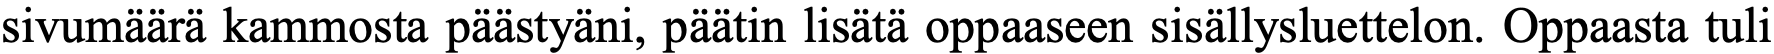
sivumäärä kammosta päästyäni, päätin lisätä oppaaseen sisällysluettelon. Oppaasta tuli